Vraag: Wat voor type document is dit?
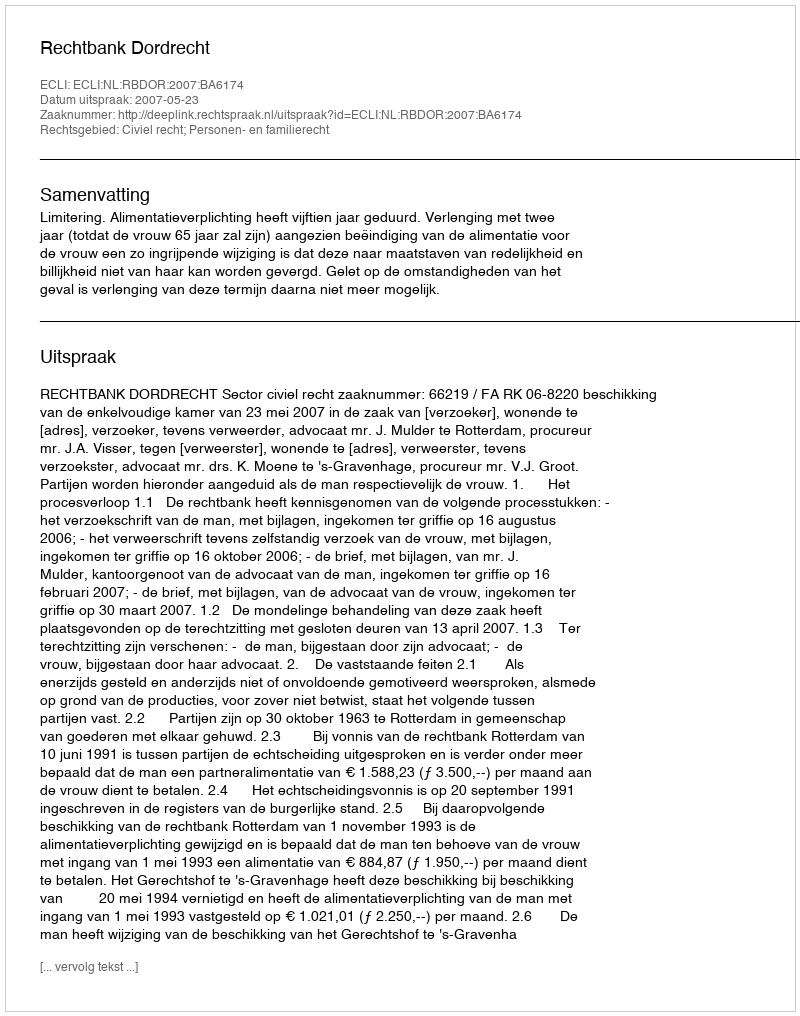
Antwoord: Uitspraak